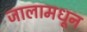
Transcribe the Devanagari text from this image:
जालामधून